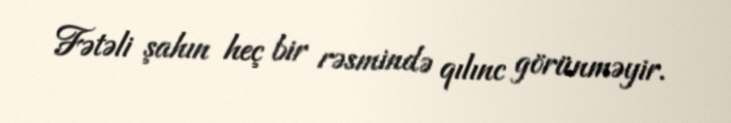
Fətəli şahın heç bir rəsmində qılınc görünməyir.